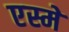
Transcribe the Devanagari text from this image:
एस्मे